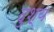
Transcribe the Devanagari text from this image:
दुश्‍य